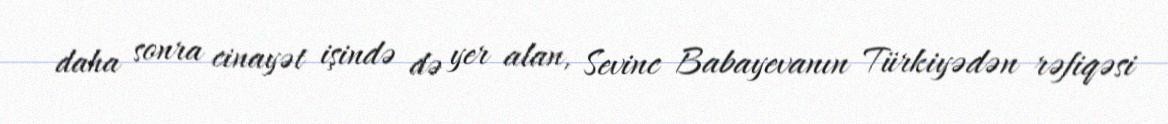
daha sonra cinayət işində də yer alan, Sevinc Babayevanın Türkiyədən rəfiqəsi